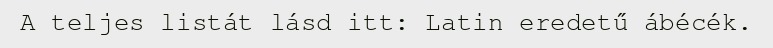
A teljes listát lásd itt: Latin eredetű ábécék.